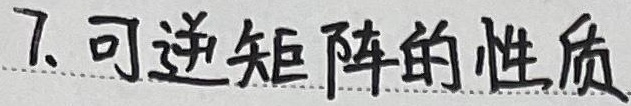
7. 可逆矩阵的性质